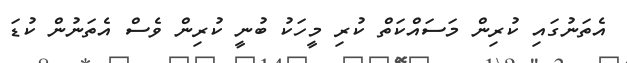
އެތަނުގައި ކުރިން މަސައްކަތް ކުރި މީހަކު ބުނީ ކުރިން ވެސް އެތަނުން ކުޑަ